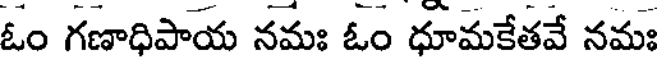
ఓం గణాధిపాయ నమః ఓం ధూమకేతవే నమః